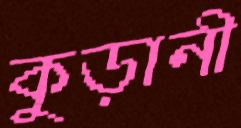
কুড়ানী